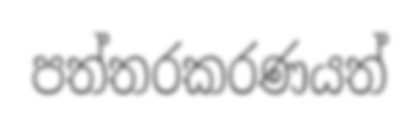
පත්තරකරණයත්